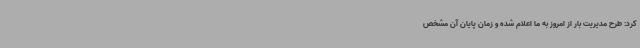
کرد: طرح مدیریت بار از امروز به ما اعلام شده و زمان پایان آن مشخص